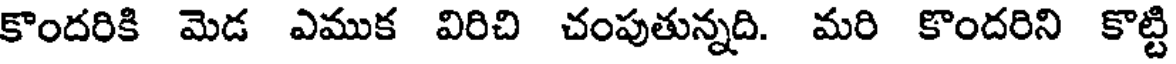
కొందరికి మెడ ఎముక విరిచి చంపుతున్నది. మరి కొందరిని కొట్టి